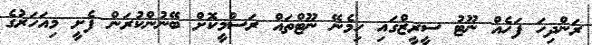
ރަންދިހަ ފަހެއް ނޫޓު ސީރީޒްގައި ހިމެނޭ ނޫޓްތައް ރަސްމީކޮށް ބޭނުންކުރަން ފެށީ މިއަހަރުގެ